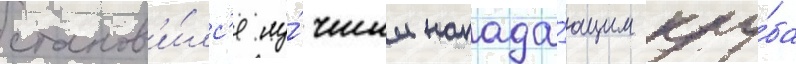
станов'и́лс'я лу́чшим напада́ющим клу́ба